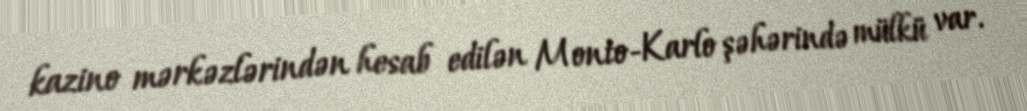
kazino mərkəzlərindən hesab edilən Monto-Karlo şəhərində mülkü var.